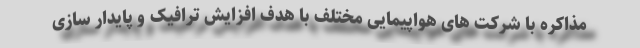
مذاکره با شرکت های هواپیمایی مختلف با هدف افزایش ترافیک و پایدار سازی